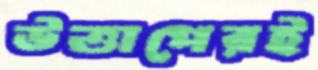
উত্তাপেরই